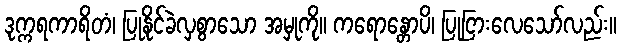
ဒုက္ကရကာရိတံ၊ ပြုနိုင်ခဲလှစွာသော အမှုကို။ ကရောန္တောပိ၊ ပြုငြားလေသော်လည်း။